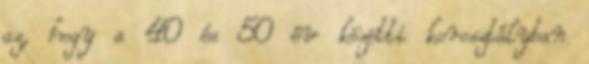
az, hogy a 40 és 50 év közötti korosztályban